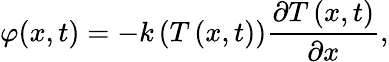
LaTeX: \varphi(x,t)=-k\left(T\left(x,t\right)\right)\frac{\partial T\left(x,t\right)}{\partial x},